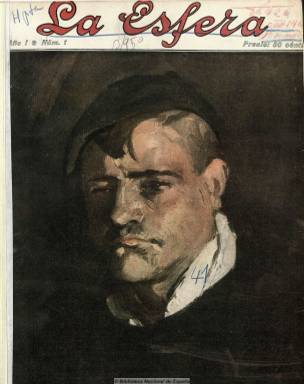
Título: La Esfera (Madrid. 1914)
Colección: Revistas de información general
Ámbito geográfico: Madrid
Lugar de publicación: Madrid
Fechas: 03/01/1914-17/01/1931

Como revista gráfica de información general marcó una época y fue la mejor de su tiempo. En esto coinciden los estudiosos de una publicación paradigma del periodismo gráfico de actualidad y a la vez literario, tal como lo expresan Seoane, Sáiz y Desvois. Gómez Aparicio destaca que “fue desde su aparición –por su variedad y calidad de sus colaboradores, por la audacia de sus estampaciones en color y por la riqueza y multiplicidad de sus grabados- un alarde de buen gusto y de perfección técnica que la equipararon a las mejores publicaciones extranjeras de su clase”. Para Sánchez Vigil –cuya tesis doctoral sobre la documentación fotográfica en España centró su estudio en ella- “fue un catálogo de obras de arte en el que colaboraron los mejores ilustradores del primer tercio del siglo XX, y al mismo tiempo un álbum de piezas literarias firmadas por periodistas y escritores de prestigio”.

Aparece el tres de enero de 1914, como fruto de la política de expansión de Prensa Gráfica, S.A., la empresa editora constituida el año anterior por el periodista Francisco Verdugo Landi (1874-1959) y Mariano Zavala (1865-1944), a la que ya pertenecían Nuevo mundo (1894-1933) y Mundo gráfico (1911-1936), las principales revistas precursoras del periodismo gráfico español que venían compitiendo en este campo con Blanco y negro (1891), del grupo Prensa Española. El primero, que además de dibujante será considerado como audaz innovador en materia de diseño periodístico, será el director a lo largo de toda la vida de la revista, mientras que el segundo, gerente, además de director general de la empresa, una vez que a finales del mismo año de su aparición La Papelera Española, de Nicolás María de Urgoiti, asuma la mayoría de las acciones de la editora, de la que será presidente de su consejo de administración.

Como culminación de sus esfuerzos renovadores, La esfera será la revista lujosamente editada en papel couché por Prensa Gráfica y a la misma vez la más cara del mercado: 50 céntimos, diez veces más que un diario y más del doble que el resto de las revistas de su género, que después aumentará hasta alcanzar la peseta, a la vez que aumentará su paginación. Impresa con un diseño modernista y en el gran formato que caracterizará al magazine, destacan en ella sus reproducciones a color y sus magníficas fotografías a toda plana, además de las ilustraciones que entregaba embuchadas como separata, por lo que la revista pasó a ser pronto pieza de coleccionista.

Dedicó sus páginas a la publicación de artículos y crónicas de actualidad general, teatro, cine, modas, deportes, industria, así como a geografía, viajes, historia, arqueología, arte, literatura, etc., tanto concernientes a España y a sus provincias como a los de otros países, con especial atención a los europeos. Publicó poemas, cuentos y extractos de novelas y de piezas teatrales. Tuvo secciones como “De las mujeres que estudian”, “Página artística”, Páginas de arte contemporáneo”, “Páginas de arte moderno” o “Dobles planas”. Sin embargo, su atención a la ciencia y a la política partidista fue escasa. Aún así, su espíritu es calificado de conservador y llegó a apoyar la dictadura de Primo de Rivera.

Sus principales pilares fueron los periodistas José María Carretero Novillo (1888-1951) y Dionisio Pérez Gutiérrez (1871-1935). El primero con su seudónimo El Caballero Audaz, como autor de la sección “Nuestras visitas”, dedicada a la entrevista a personajes del mundo del arte, la literatura, la música, el teatro, etc., cuyo género encumbró por su extraordinaria calidad informativa y literaria. El segundo, considerado como uno de los mejores articulistas de su generación, con su seudónimo Pedro Reaño de Tirteafuera, como autor de la sección “De la vida que pasa”.

Los colaboradores de la revista integran una larguísima lista. Entre sus periodistas y escritores estuvieron Edmundo Gómez de Baquero, J. Ortega y Munilla, Ramón Pérez de Ayala, Luis Araquistáin, Miguel de Unamuno, Ramiro de Maeztu, Manuel Abril, Joaquín Dicenta (padre e hijo), José Francés (Silvio Lago), etc., etc. Benito Pérez Galdós publico durante 1915 sus quince entregas de “Memorias de un desmemoriado” y José Francos Rodríguez las tituladas “Memorias de un gacetillero”. Carmen de Burgos y Eduardo Zamacois publicaron sus crónicas viajeras al extranjero. Rosalinda fue su cronista de modas.

En sus páginas, publicaron cuentos, entre otros muchos, Antonio de Hoyos y Vinent, Emilia Pardo Bazán, Joaquín Dicenta, Manuel Bueno, Alberto Insúa, Pedro de Répide, Antón de Olmet, Manuel Linares Rivas, Carmen de Burgos, Eduardo Zamacois, Wenceslao Fernández Flores, Joaquín Belda, Andrés González Blanco, Felipe Trigo, Ramón Pérez de Ayala, Ramón María del Valle Inclán, Vicente Blasco Ibáñez, Gabriel Miro, Concha Espina… Y Francisco Villaspesa, Emilio Carrère, Eduardo Marquina, Salvador Rueda, Rubén Darío, Vicente Medina, Manuel Machado, Juan Ramón Jiménez, entre otros muchos, publicaron poemas.

Las ilustraciones artísticas que acompañan a los textos son numerosísimas, múltiples y variadas, como las de Dhoy, Bartolozzi, Tito, Cerezo, Vallejo, Juan Vita, J. Morales, Echea, Néstor, Alcalá del Olmo, Apeles Mestres, Mariano Benlliure, Brando, Medina Vera, Julio Romero de Torres o Rafael Penagos, entre otros muchos.

El periodismo de actualidad estuvo representado por fotógrafos como José Demaría López (1874-1936), que firmaba como José López Campúa y José L. Campúa y llegó a ser su responsable gráfico, así como Eduardo Vilaseca y Marín, Bonilla, Alonso, Antonio Prats y Salazar, o el hijo del primero citado, José Demaría López (1900-1975), que firma como José Campúa, así como una extensa nómina de fotógrafos en provincias.

La colección de la Biblioteca Nacional de España acaba en el número 889, que corresponde al 17 de enero de 1931, integrada también por los números extraordinarios que editó una publicación, cuya importancia y calidad había empezado a ser reemplazada en el periodismo gráfico, en 1928, por la revista La estampa, de Luis González Linares, y que continuará el diario Ahora (1931),  tras sucumbir este año por los avatares económicos de su nueva  empresa editora: Publicitas (1925).

---

Falta digitalizar el primer semestre de 1926: está digitalizado en la Biblioteca Virtual de Prensa Histórica.